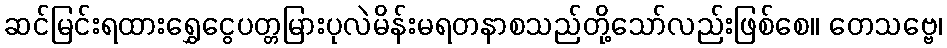
ဆင်မြင်းရထားရွှေငွေပတ္တမြားပုလဲမိန်းမရတနာစသည်တို့သော်လည်းဖြစ်စေ။ တေသဗ္ဗေ၊